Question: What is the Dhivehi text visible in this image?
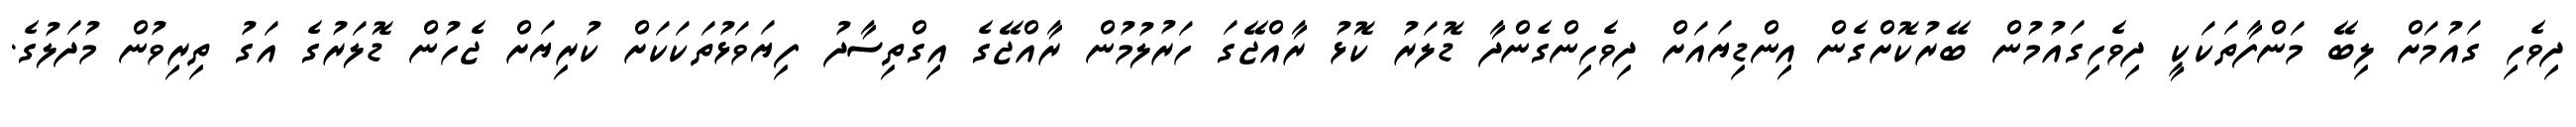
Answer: ދިވެހި ގައުމަށް ލިބޭ މަންފާތަކަކީ ދިވެހިގައުމުން ބޭރުކޮށްގެން އިންޑިޔައަށް ދިވެހިންގެންދާ ޑޮލަރު ކޮޅު ރާއްޖޭގަ ހަރުލުމުން ރާއްޖޭގެ އިގްތިސާދު ފިޔަވަޅުތަކަކަށް ކުރިޔަށް ޖެހުން ޑޮލަރުގެ އަގު ތިރިވުން މުދަލުގެ.